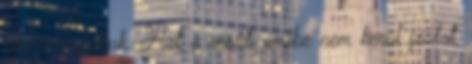
cm-re nyújtjuk. Azt a részt, amibe nem kerül jóslat,